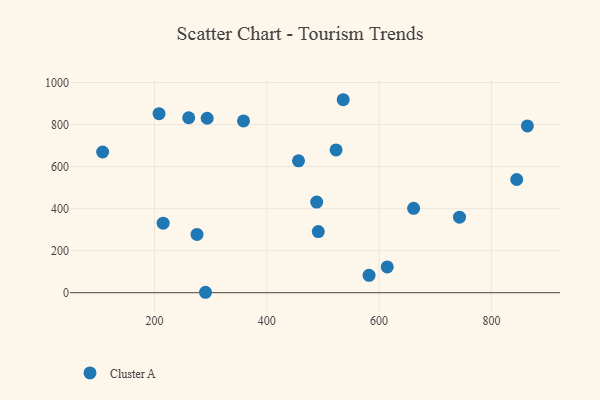
{"axis": {"x": "Experience", "y": "Exam Score"}, "legend": ["Cluster A"], "data": [{"x": "488.9", "y": 431.3, "type": "Cluster A"}, {"x": "614.5", "y": 122.4, "type": "Cluster A"}, {"x": "661.5", "y": 401.4, "type": "Cluster A"}, {"x": "845.1", "y": 538.6, "type": "Cluster A"}, {"x": "743.2", "y": 359.2, "type": "Cluster A"}, {"x": "208.1", "y": 852.0, "type": "Cluster A"}, {"x": "582.1", "y": 82.8, "type": "Cluster A"}, {"x": "215.4", "y": 330.6, "type": "Cluster A"}, {"x": "358.5", "y": 817.3, "type": "Cluster A"}, {"x": "293.8", "y": 830.0, "type": "Cluster A"}, {"x": "260.9", "y": 832.4, "type": "Cluster A"}, {"x": "275.7", "y": 277.2, "type": "Cluster A"}, {"x": "107.6", "y": 669.4, "type": "Cluster A"}, {"x": "491.7", "y": 290.6, "type": "Cluster A"}, {"x": "523.4", "y": 679.3, "type": "Cluster A"}, {"x": "536.1", "y": 918.2, "type": "Cluster A"}, {"x": "456.5", "y": 627.7, "type": "Cluster A"}, {"x": "864.1", "y": 793.4, "type": "Cluster A"}, {"x": "290.8", "y": 2.0, "type": "Cluster A"}]}